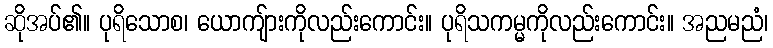
ဆိုအပ်၏။ ပုရိသောစ၊ ယောကျ်ားကိုလည်းကောင်း။ ပုရိသကမ္မကိုလည်းကောင်း။ အညမညံ၊